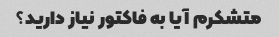
متشکرم آیا به فاکتور نیاز دارید؟